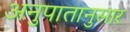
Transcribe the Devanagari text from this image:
अनुपातानुसार